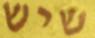
שיש